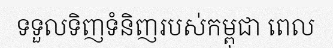
ទទួលទិញទំនិញរបស់កម្ពុជា ពេល